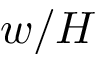
w / H